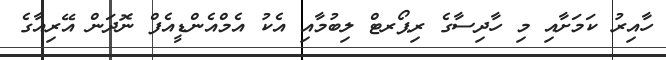
ހާއިރު ކަމަށާއި މި ހާދިސާގެ ރިޕޯރޓް ލިބުމާއި އެކު އެމްއެންޑީއެފް ނޮދަން އޭރިއާގެ